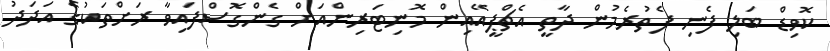
ކޮވިޑް ބަލި ފެނި ފެތުރެމުން ދާތީ އެޗްޕީއޭއިން މޮނިޓަރިންއަށް ގެންގޮސްފައިވާ ރަށްތަކުގެ އަދަދު